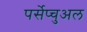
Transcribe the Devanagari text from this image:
पर्सेप्चुअल